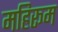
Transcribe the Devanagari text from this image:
महिरूम